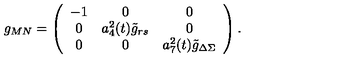
g _ { M N } = \left( \begin{array} { c c c } { - 1 } & { 0 } & { 0 } \\ { 0 } & { a _ { 4 } ^ { 2 } ( t ) { \tilde { g } } _ { r s } } & { 0 } \\ { 0 } & { 0 } & { a _ { 7 } ^ { 2 } ( t ) { \tilde { g } } _ { \Delta \Sigma } } \\ \end{array} \right) .